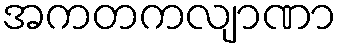
အကတကလျာဏာ